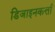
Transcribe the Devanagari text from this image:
डिजाइनकर्त्ता